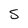
Character: S